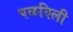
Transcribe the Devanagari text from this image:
पळविली